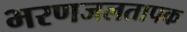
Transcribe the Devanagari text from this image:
भरणजलतापक